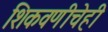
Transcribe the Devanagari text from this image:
शिकवणीचेही